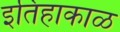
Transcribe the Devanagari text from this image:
इतिहाकाळ